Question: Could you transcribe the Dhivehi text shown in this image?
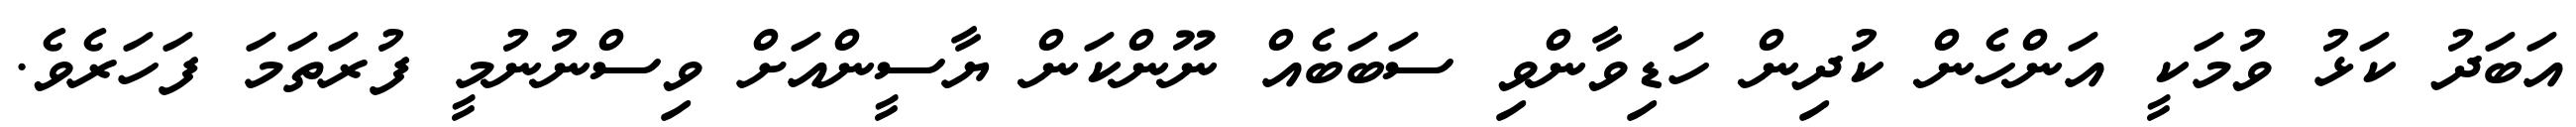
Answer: އަބަދު ކަޅު ވުމަކީ އަންހެން ކުދިން ހަޑިވާންވި ސަބަބެއް ނޫންކަން ޔާސީންއަށް ވިސްނުނުމީ ފުރަތަމަ ފަހަރެވެ.